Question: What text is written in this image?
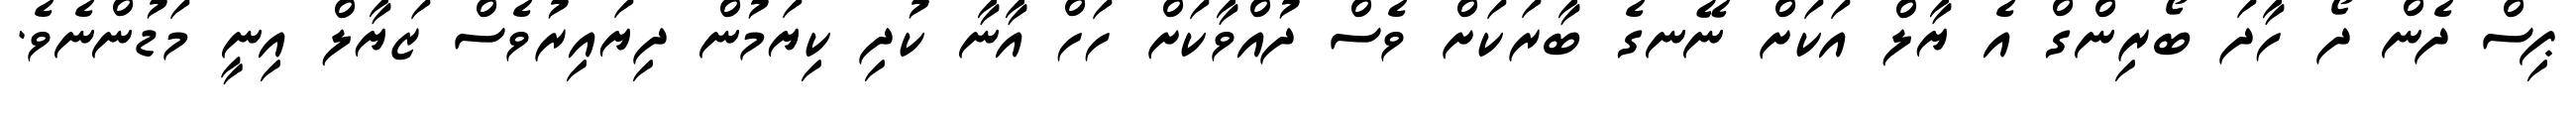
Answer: ޕިސް ދެން ދޯ ހާދަ ބޯރިންގް އެ ޔާލް އަކަށް ނޭނގެ ބާރަކަށް ވެސް ދުއްވާކަށް ހަހް އާނާ ކުދި ކިޔަމުން ދިޔައިރުވެސް ޒަޔާލް އިނީ މަޑުންނެވެ.